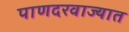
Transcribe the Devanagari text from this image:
पाणदरवाज्यात